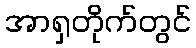
အာရှတိုက်တွင်